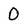
Character: 0